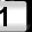
Digit: 1